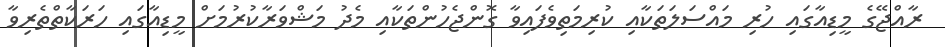
ރާއްޖޭގެ މީޑިއާގައި ހުރި މައްސަލަތަކާއި ކުރިމަތިވެފައިވާ ގޮންޖެހުންތަކާއި މެދު މަޝްވަރާކުރުމަށް މީޑިއާގައި ހަރަކާތްތެރިވާ